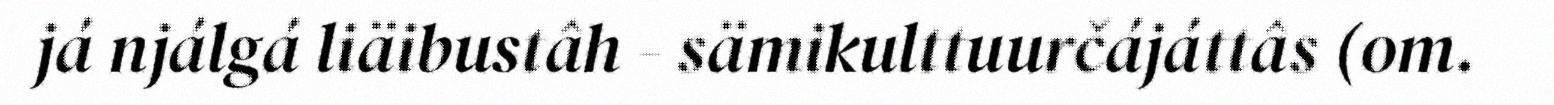
já njálgá liäibustâh - sämikulttuurčájáttâs (om.